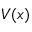
V ( x )